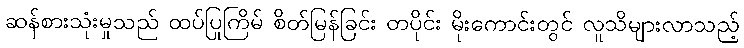
ဆန်စားသုံးမှုသည် ထပ်ပြုကြိမ် စိတ်မြန်ခြင်း တပိုင်း မိုးကောင်းတွင် လူသိများလာသည့်